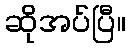
ဆိုအပ်ပြီ။